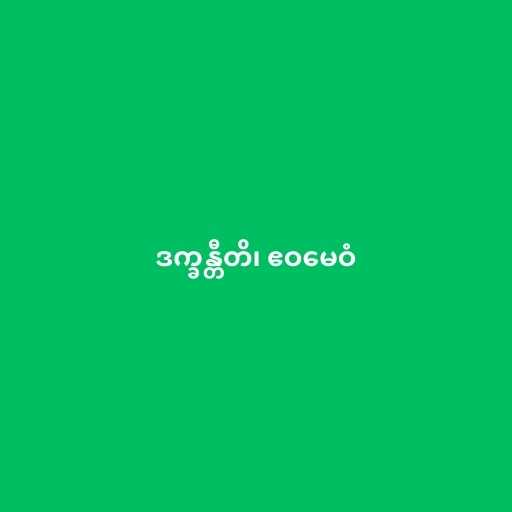
ဒက္ခန္တီတိ၊ ဧဝမေဝံ